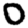
Digit: 0